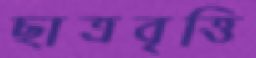
ছাত্রবৃত্তি